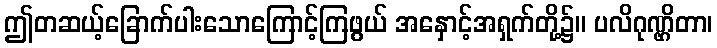
ဤတဆယ့်ခြောက်ပါးသောကြောင့်ကြဖွယ် အနှောင့်အရှက်တို့၌။ ပလိဂုဏ္ဌိတာ၊